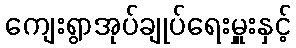
ကျေးရွာအုပ်ချုပ်ရေးမှူးနှင့်